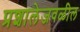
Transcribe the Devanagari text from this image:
प्रशालेजवळील